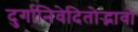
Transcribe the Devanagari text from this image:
दुर्गानिवेदितोद्भावो